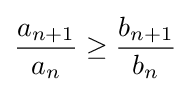
{\frac {a_{n+1}}{a_{n}}}\geq {\frac {b_{n+1}}{b_{n}}}